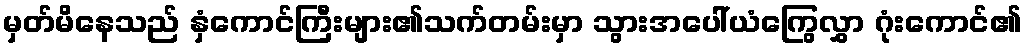
မှတ်မိနေသည် နှံကောင်ကြီးများ၏သက်တမ်းမှာ သွားအပေါ်ယံကြွေလွှာ ဂုံးကောင်၏